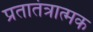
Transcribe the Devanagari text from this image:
प्रतातंत्रात्मक